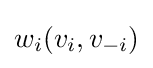
w_{i}(v_{i},v_{-i})